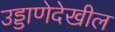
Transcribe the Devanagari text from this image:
उड्डाणेदेखील